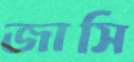
জাসি